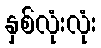
နှစ်လုံးလုံး